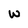
Character: W